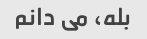
بله، می دانم